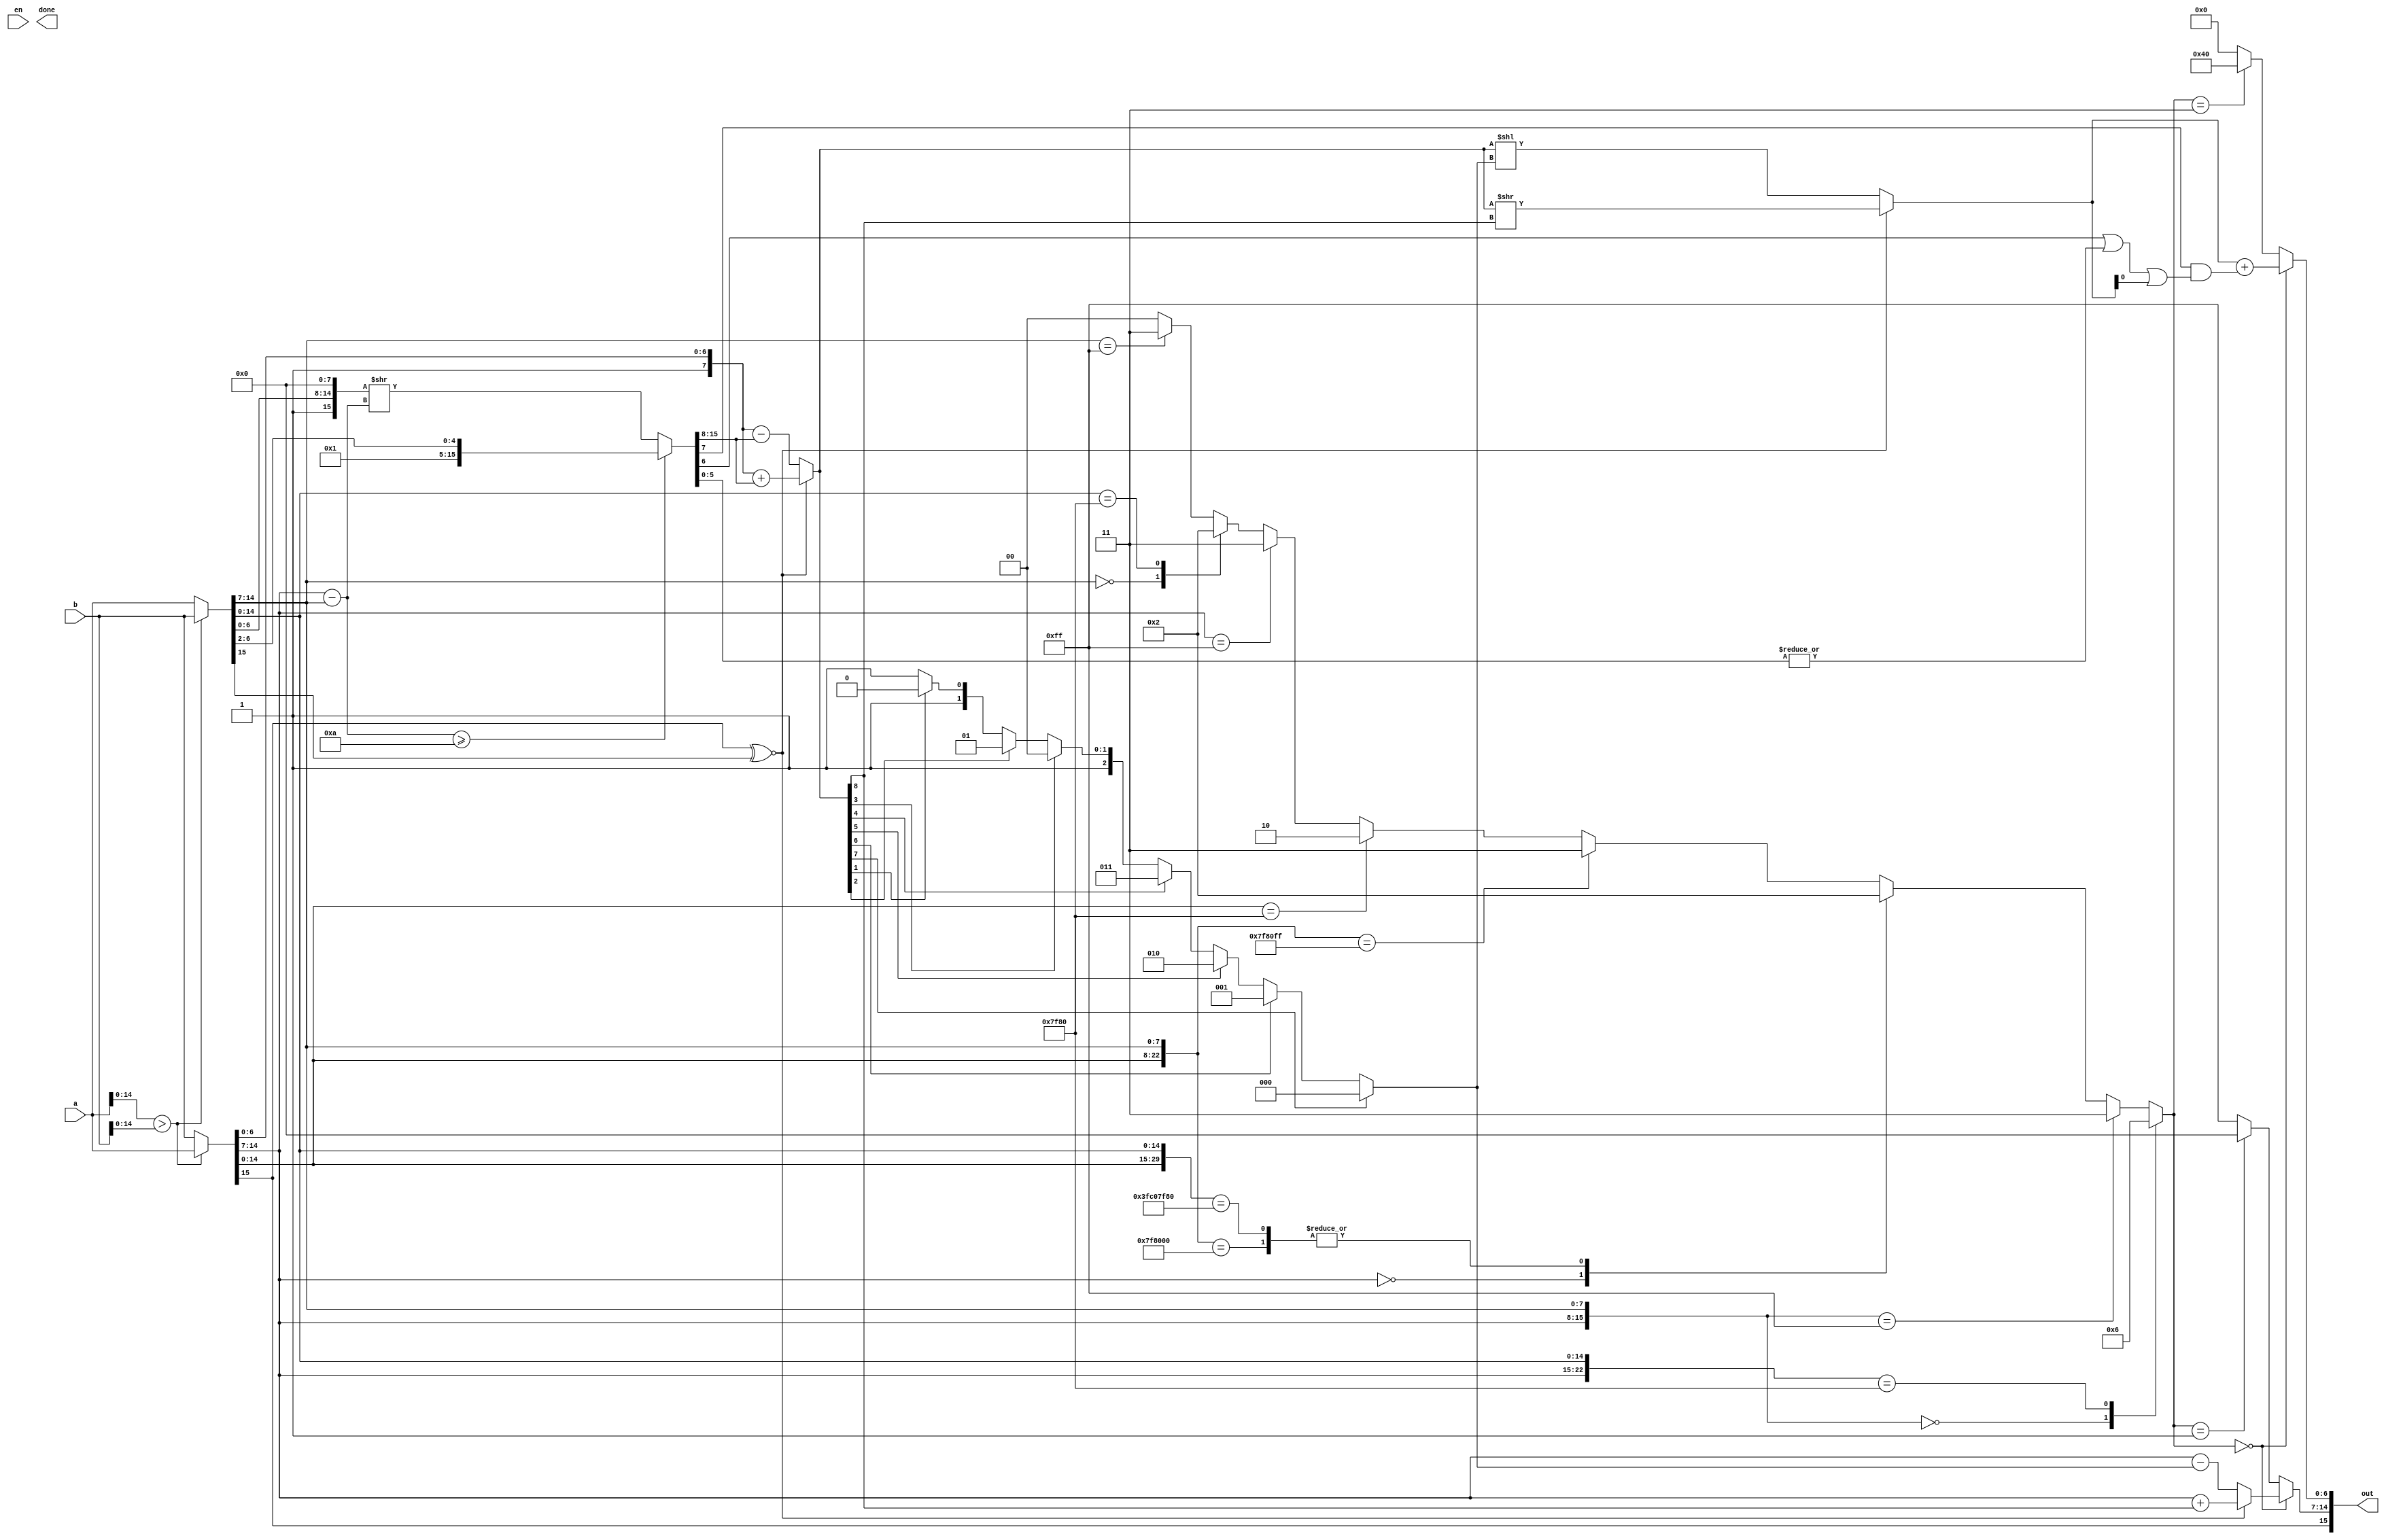
module BFAdd (
	input				en,
	output				done,

	input		[15:0]	a,
	input		[15:0]	b,
	output		[15:0]	out
);
	wire	[7:0]	w_ex_l, w_ex_s;
	wire	[6:0]	w_fr_l, w_fr_s;
	wire			w_sg_l, w_sg_s;

	wire	comp = (a[14:0] > b[14:0]);

	assign	{w_sg_l, w_ex_l, w_fr_l} = ( comp) ? a : b;
	assign	{w_sg_s, w_ex_s, w_fr_s} = (!comp) ? a : b;

	wire	[7:0]	w_fr_l1, w_fr_s1;
	assign	w_fr_l1 = {1'b1, w_fr_l};
	assign	w_fr_s1 = {1'b1, w_fr_s};

	// shift
	wire	[7:0]	w_sh, w_rem;
	wire	[7:0]	w_ex_sub = w_ex_l - w_ex_s;
	assign	{w_sh, w_rem} = (w_ex_sub >= 8'd10) ? {10'h0, w_fr_s1[7:2]} : {w_fr_s1, 8'h0} >> w_ex_sub;
	
	// fract calc
	wire			w_xnor = w_sg_l ~^ w_sg_s;
	wire	[8:0]	w_fr_add = w_fr_l1 + w_sh;
	wire	[8:0]	w_fr_sub = w_fr_l1 - w_sh;
	wire	[8:0]	w_fr_res = w_xnor ? w_fr_add : w_fr_sub;

	// normalize
	function [2:0] shc;
	input [7:0] f;
	begin
		if(f[7])		shc = 3'b000;
		else if(f[6])	shc = 3'b001;
		else if(f[5])	shc = 3'b010;
		else if(f[4])	shc = 3'b011;
		else if(f[3])	shc = 3'b100;
		else if(f[2])	shc = 3'b101;
		else if(f[1])	shc = 3'b110;
		else			shc = 3'b111;
	end
	endfunction

	wire	[2:0]	w_sh_count = shc(w_fr_res[7:0]);

	wire	[6:0]	w_norm_fr = (w_xnor) ? (w_fr_res >> w_fr_res[8]) : (w_fr_res << w_sh_count);
	wire	[7:0]	w_norm_ex = (w_xnor) ? (w_ex_l + w_fr_res[8]) : (w_ex_l - w_sh_count);

	// round
	wire	guard, round, stiky;
	assign	{guard, round, stiky} = {w_rem[7], w_rem[6], |w_rem[5:0]};

	wire	[6:0]	w_round_fr = w_norm_fr + (guard & (round | stiky | w_norm_fr[0]));

	// exception
	function [1:0] exception;
	input	[7:0]	ex_l, ex_s;
	input	[6:0]	fr_l, fr_s;
	begin
		casex ( {ex_l,1'b0,fr_l,   ex_s,1'b0,fr_s} )
			32'h00xx_00xx: exception = 2'b01;	// zero
			32'h00xx_ff00: exception = 2'b10;	// inf
			32'h00xx_ffxx: exception = 2'b11;	// NaN
			32'h00xx_xxxx: exception = 2'b00;	// Number
			32'hFF00_00xx: exception = 2'b10;
			32'hFF00_FF00: exception = 2'b10;
			32'hFF00_FFxx: exception = 2'b11;
			32'hFF00_xxxx: exception = 2'b10;
			32'hFFxx_xxxx: exception = 2'b11;
			32'hxxxx_00xx: exception = 2'b00;
			32'hxxxx_FF00: exception = 2'b10;
			32'hxxxx_FFxx: exception = 2'b11;
			32'hxxxx_xxxx: exception = 2'b00;
			default: exception = 2'b00;
		endcase
	end
	endfunction

	wire	[1:0]	w_exc		= exception(w_ex_l, w_ex_s, w_fr_l, w_fr_s);
	wire	[7:0]	w_exc_ex	= (w_exc == 2'b00) ?	w_norm_ex
								: (w_exc == 2'b01) ?	8'h00 
								:						8'hFF;
	wire	[6:0]	w_exc_fr	= (w_exc == 2'b00) ?	w_round_fr
								: (w_exc == 2'b11) ?	7'h40 
								:						7'h00;
	wire			w_exc_sg	= w_sg_l;

	assign	out = {w_exc_sg, w_exc_ex, w_exc_fr};

endmodule

module BFSub (
	input				en,
	output				done,

	input		[15:0]	a,
	input		[15:0]	b,
	output		[15:0]	out
);
	wire	[7:0]	w_ex_l, w_ex_s;
	wire	[6:0]	w_fr_l, w_fr_s;
	wire			w_sg_l, w_sg_s;

	wire	comp = (a[14:0] > b[14:0]);
	wire	[15:0]	neg_b = {~b[15],b[14:0]};

	assign	{w_sg_l, w_ex_l, w_fr_l} = ( comp) ? a : neg_b;
	assign	{w_sg_s, w_ex_s, w_fr_s} = (!comp) ? a : neg_b;

	wire	[7:0]	w_fr_l1, w_fr_s1;
	assign	w_fr_l1 = {1'b1, w_fr_l};
	assign	w_fr_s1 = {1'b1, w_fr_s};

	// shift
	wire	[7:0]	w_sh, w_rem;
	wire	[7:0]	w_ex_sub = w_ex_l - w_ex_s;
	assign	{w_sh, w_rem} = (w_ex_sub >= 8'd10) ? {10'h0, w_fr_s1[7:2]} : {w_fr_s1, 8'h0} >> w_ex_sub;
	
	// fract calc
	wire			w_xnor = w_sg_l ~^ w_sg_s;
	wire	[8:0]	w_fr_add = w_fr_l1 + w_sh;
	wire	[8:0]	w_fr_sub = w_fr_l1 - w_sh;
	wire	[8:0]	w_fr_res = w_xnor ? w_fr_add : w_fr_sub;

	// normalize
	function [2:0] shc;
	input [7:0] f;
	begin
		if(f[7])		shc = 3'b000;
		else if(f[6])	shc = 3'b001;
		else if(f[5])	shc = 3'b010;
		else if(f[4])	shc = 3'b011;
		else if(f[3])	shc = 3'b100;
		else if(f[2])	shc = 3'b101;
		else if(f[1])	shc = 3'b110;
		else			shc = 3'b111;
	end
	endfunction

	wire	[2:0]	w_sh_count = shc(w_fr_res[7:0]);

	wire	[6:0]	w_norm_fr = (w_xnor) ? (w_fr_res >> w_fr_res[8]) : (w_fr_res << w_sh_count);
	wire	[7:0]	w_norm_ex = (w_xnor) ? (w_ex_l + w_fr_res[8]) : (w_ex_l - w_sh_count);

	// round
	wire	guard, round, stiky;
	assign	{guard, round, stiky} = {w_rem[7], w_rem[6], |w_rem[5:0]};

	wire	[6:0]	w_round_fr = w_norm_fr + (guard & (round | stiky | w_norm_fr[0]));

	// exception
	function [1:0] exception;
	input	[7:0]	ex_l, ex_s;
	input	[6:0]	fr_l, fr_s;
	begin
		casex ( {ex_l,1'b0,fr_l,   ex_s,1'b0,fr_s} )
			32'h00xx_00xx: exception = 2'b01;	// zero
			32'h00xx_ff00: exception = 2'b10;	// inf
			32'h00xx_ffxx: exception = 2'b11;	// NaN
			32'h00xx_xxxx: exception = 2'b00;	// Number
			32'hFF00_00xx: exception = 2'b10;
			32'hFF00_FF00: exception = 2'b10;
			32'hFF00_FFxx: exception = 2'b11;
			32'hFF00_xxxx: exception = 2'b10;
			32'hFFxx_xxxx: exception = 2'b11;
			32'hxxxx_00xx: exception = 2'b00;
			32'hxxxx_FF00: exception = 2'b10;
			32'hxxxx_FFxx: exception = 2'b11;
			32'hxxxx_xxxx: exception = 2'b00;
			default: exception = 2'b00;
		endcase
	end
	endfunction

	wire	[1:0]	w_exc		= exception(w_ex_l, w_ex_s, w_fr_l, w_fr_s);
	wire	[7:0]	w_exc_ex	= (w_exc == 2'b00) ?	w_norm_ex
								: (w_exc == 2'b01) ?	8'h00 
								:						8'hFF;
	wire	[6:0]	w_exc_fr	= (w_exc == 2'b00) ?	w_round_fr
								: (w_exc == 2'b11) ?	7'h40 
								:						7'h00;
	wire			w_exc_sg	= w_sg_l;

	assign	out = {w_exc_sg, w_exc_ex, w_exc_fr};
endmodule

module BFMul (
	input				en,
	output				done,

	input		[15:0]	a,
	input		[15:0]	b,
	output		[15:0]	out
);

	// multiply
	wire			w_sg		= a[15] ^ b[15];
	wire	[15:0]	w_fr_mul	= {1'b1, a[6:0]} * {1'b1, b[6:0]};
	wire	[8:0]	w_ex_tmp	= a[14:7] + b[14:7] - 'd127 + w_fr_mul[15];

	// normalize
	wire	[10:0]	w_fr_tmp	= {w_fr_mul[15:6], (|w_fr_mul[5:0])};
	wire	[10:0]	w_norm_fr	= (w_fr_mul[15]) ? w_fr_tmp : {w_fr_tmp[9:0], 1'b0};
	
	// round
	wire	least, guard, round, stiky;
	assign	{least, guard, round, stiky} = {w_norm_fr[3], w_norm_fr[2], w_norm_fr[1], w_norm_fr[0]};
	wire	[7:0]	w_round_fr = w_norm_fr[9:3] + (guard & (least | round | stiky));

	// exception
	function [0:0] exception;
	input	[7:0]	ex_l, ex_s;
	input	[6:0]	fr_l, fr_s;
	begin
		casex ( {ex_l,1'b0,fr_l,   ex_s,1'b0,fr_s} )
			32'h00xx_00xx: exception = 2'b01;	// zero
			32'h00xx_ff00: exception = 2'b11;	// NaN
			32'h00xx_ffxx: exception = 2'b11;	// NaN
			32'h00xx_xxxx: exception = 2'b01;	// zero
			32'hFF00_00xx: exception = 2'b11;
			32'hFF00_FF00: exception = 2'b10;	// inf
			32'hFF00_FFxx: exception = 2'b11;
			32'hFF00_xxxx: exception = 2'b10;
			32'hFFxx_xxxx: exception = 2'b11;
			32'hxxxx_00xx: exception = 2'b01;
			32'hxxxx_FF00: exception = 2'b10;
			32'hxxxx_FFxx: exception = 2'b11;
			32'hxxxx_xxxx: exception = 2'b00;
			default: exception = 2'b11;
		endcase
	end
	endfunction

	wire	[1:0]	w_exc		= exception(a[14:7], b[14:7], a[6:0], b[6:0]);
	wire	[7:0]	w_exc_ex	= (w_exc == 2'b00) ?	(w_ex_tmp[8])?	(w_ex_tmp[7])?	8'h00	:	8'hFF	:	w_ex_tmp[7:0]
								: (w_exc == 2'b01) ?	8'h00 
								:						8'hFF;
	wire	[6:0]	w_exc_fr	= (w_exc == 2'b00) ?	(w_ex_tmp[8] || w_exc_ex == 8'hFF || w_exc_ex == 8'h00)?	7'h00	:	w_round_fr
								: (w_exc == 2'b11) ?	7'h40 
								:						7'h00;
	wire			w_exc_sg	= ({w_exc_ex, w_exc_fr} == 14'b0) ?	1'b0	:	w_sg;

	assign	out = {w_exc_sg, w_exc_ex, w_exc_fr};

endmodule

module BFDiv (
	input				en,
	output				done,

	input		[15:0]	a,
	input		[15:0]	b,
	output		[15:0]	out
);
	
	// divide
	wire			w_sg		= a[15] ^ b[15];
	wire	[17:0]	w_div_fr	= ( {1'b1, a[6:0]} << 9 ) / {1'b1, b[6:0]};
	wire	[8:0]	w_ex_tmp	= a[14:7] - b[14:7] + 'd127 - !w_div_fr[10];

	// normalize
	wire	[10:0]	w_norm_fr	= (w_div_fr[9]) ? {w_div_fr[9:0], 1'b1} : {w_div_fr[8:0], 2'b11};

	// round
	wire	least, guard, round, stiky;
	assign	{least, guard, round, stiky} = {w_norm_fr[3], w_norm_fr[2], w_norm_fr[1], w_norm_fr[0]};
	wire	[7:0]	w_round_fr = w_norm_fr[9:3] + (guard & (least | round | stiky));

	// exception
	function [0:0] exception;
	input	[7:0]	ex_l, ex_s;
	input	[6:0]	fr_l, fr_s;
	begin
		casex ( {ex_l,1'b0,fr_l,   ex_s,1'b0,fr_s} )
			32'h00xx_00xx: exception = 2'b11;	// NaN
			32'h00xx_ff00: exception = 2'b01;	// zero
			32'h00xx_ffxx: exception = 2'b11;	// NaN
			32'h00xx_xxxx: exception = 2'b01;	// zero
			32'hFF00_00xx: exception = 2'b10;	// inf
			32'hFF00_FFxx: exception = 2'b11;	// NaN
			32'hFF00_xxxx: exception = 2'b10;	// inf
			32'hFFxx_xxxx: exception = 2'b11;
			32'hxxxx_0000: exception = 2'b10;
			32'hxxxx_FF00: exception = 2'b01;
			32'hxxxx_FFxx: exception = 2'b11;
			32'hxxxx_xxxx: exception = 2'b00;
			default: exception = 2'b11;
		endcase
	end
	endfunction

	wire	[1:0]	w_exc		= exception(a[14:7], b[14:7], a[6:0], b[6:0]);
	wire	[7:0]	w_exc_ex	= (w_exc == 2'b00) ?	(w_ex_tmp[8])?	(w_ex_tmp[7])?	8'h00	:	8'hFF	:	w_ex_tmp[7:0]
								: (w_exc == 2'b01) ?	8'h00 
								:						8'hFF;
	wire	[6:0]	w_exc_fr	= (w_exc == 2'b00) ?	(w_ex_tmp[8] || w_exc_ex == 8'hFF || w_exc_ex == 8'h00)?	7'h00	:	w_round_fr
								: (w_exc == 2'b11) ?	7'h40 
								:						7'h00;
	wire			w_exc_sg	= w_sg;

	assign	out = {w_exc_sg, w_exc_ex, w_exc_fr};
endmodule